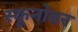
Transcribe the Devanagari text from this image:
स्कूनोवर